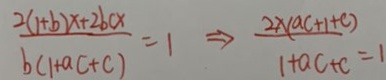
\frac { 2 ( 1 + b ) x + 2 b c x } { b ( 1 + a c + c ) } = 1 \Rightarrow \frac { 2 \times ( a c + 1 + c ) } { 1 + a c + c } = 1